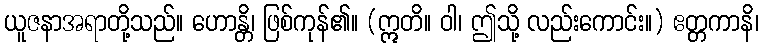
ယူဇနာအရာတို့သည်။ ဟောန္တိ၊ ဖြစ်ကုန်၏။ (ဣတိ။ ဝါ၊ ဤသို့ လည်းကောင်း။) ဧတ္တကာနိ၊